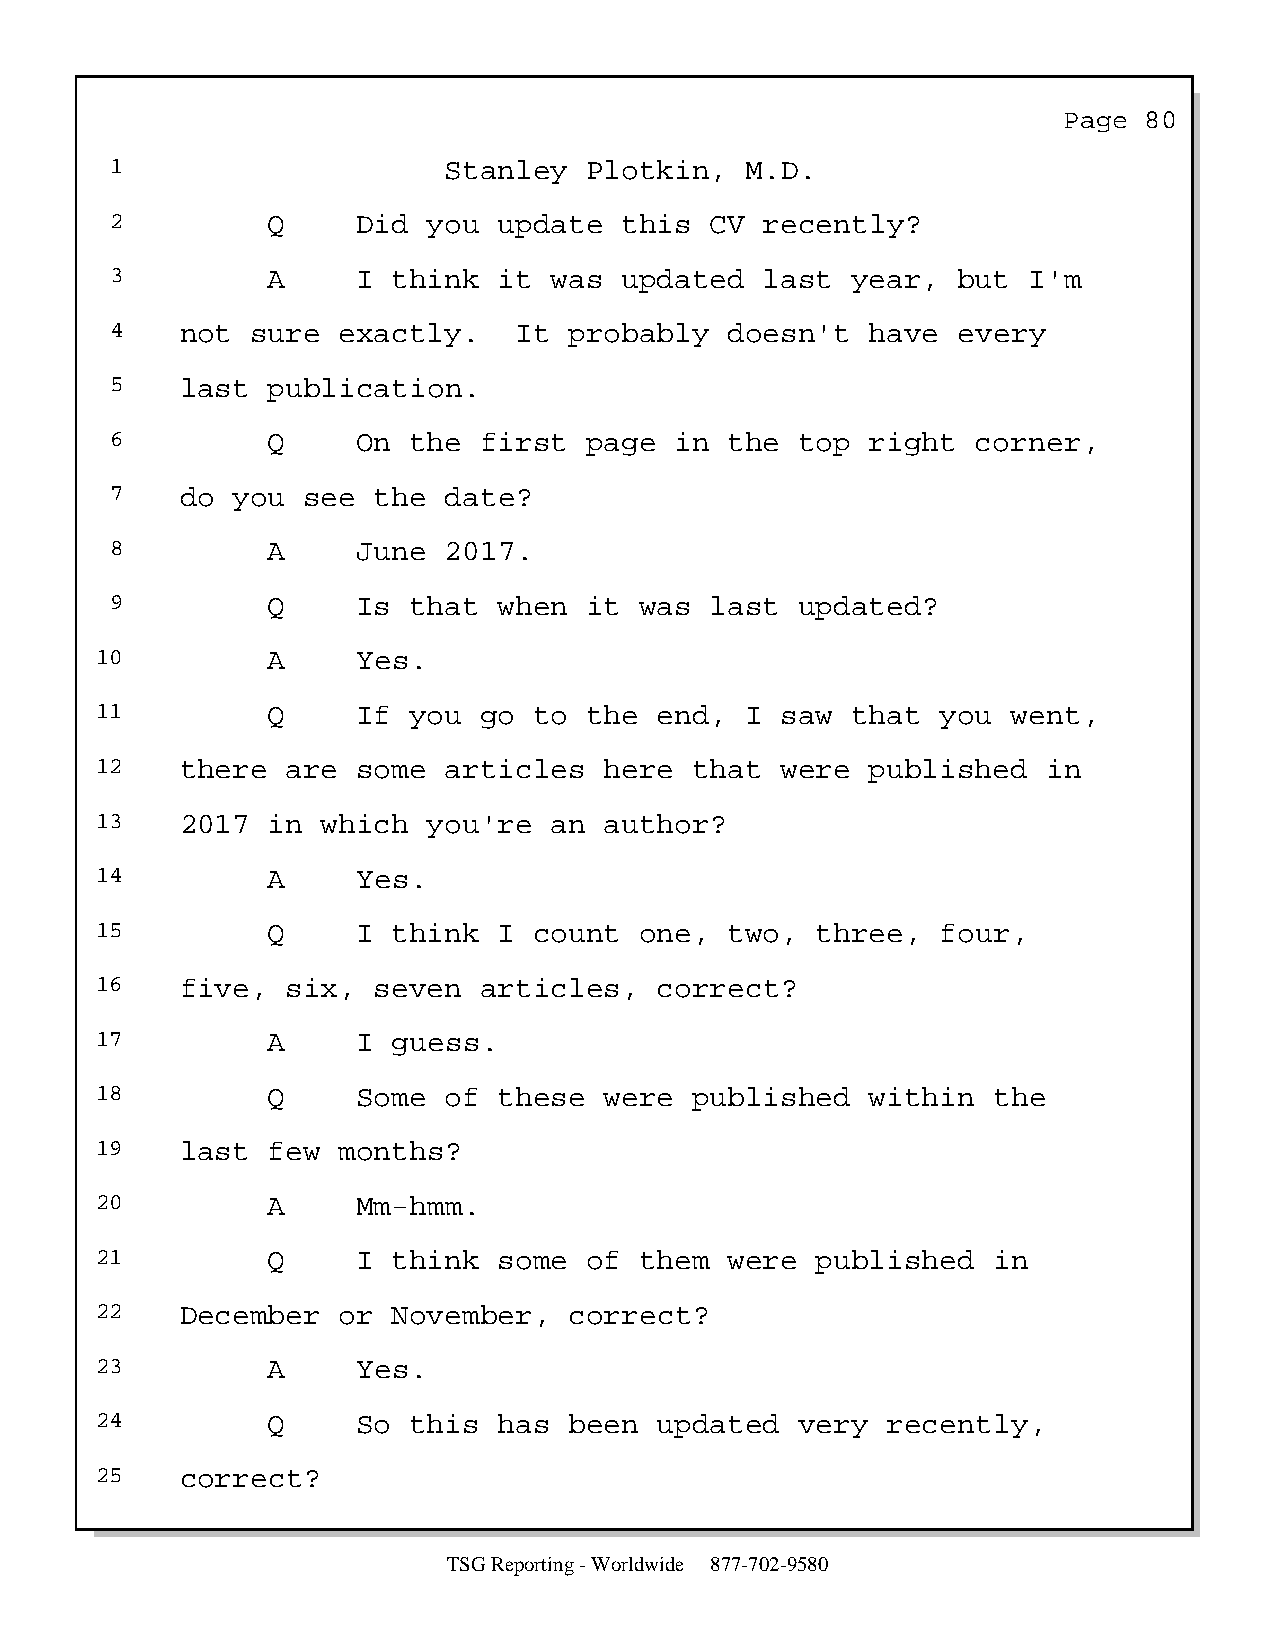
Page  80
 1                     Stanley   Plotkin,  M.D.
 2          Q     Did you  update  this  CV  recently?
 3          A     I think  it was  updated   last year,  but  I'm
 4    not  sure exactly.    It  probably  doesn't   have every
 5    last  publication.
 6          Q     On the  first  page  in the  top  right  corner,
 7    do you  see  the date?
 8          A     June 2017.
 9          Q     Is that  when  it was  last  updated?
 10          A     Yes.
 11          Q     If you  go to  the  end, I  saw that  you  went,
 12    there  are  some articles   here  that  were  published  in
 13    2017  in which  you're  an  author?
 14          A     Yes.
 15          Q     I think  I count  one,  two,  three,  four,
 16    five,  six,  seven  articles,   correct?
 17          A     I guess.
 18          Q     Some of  these  were  published   within  the
 19    last  few months?
 20          A     Mm-hmm.
 21          Q     I think  some  of them  were  published   in
 22    December  or  November,   correct?
 23          A     Yes.
 24          Q     So this  has  been  updated  very  recently,
 25    correct?
 TSG Reporting - Worldwide 877-702-9580